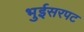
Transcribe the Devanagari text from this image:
भुईसरपट